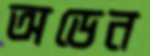
অডেন